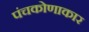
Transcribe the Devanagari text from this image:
पंचकोणाकार